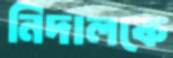
নিদালকে